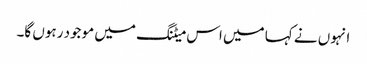
انہوں نے کہا میں اس میٹنگ میں موجود رہوں گا۔